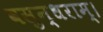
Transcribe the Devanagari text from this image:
वसुन्धराम्।